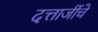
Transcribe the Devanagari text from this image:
दत्ताजींचे